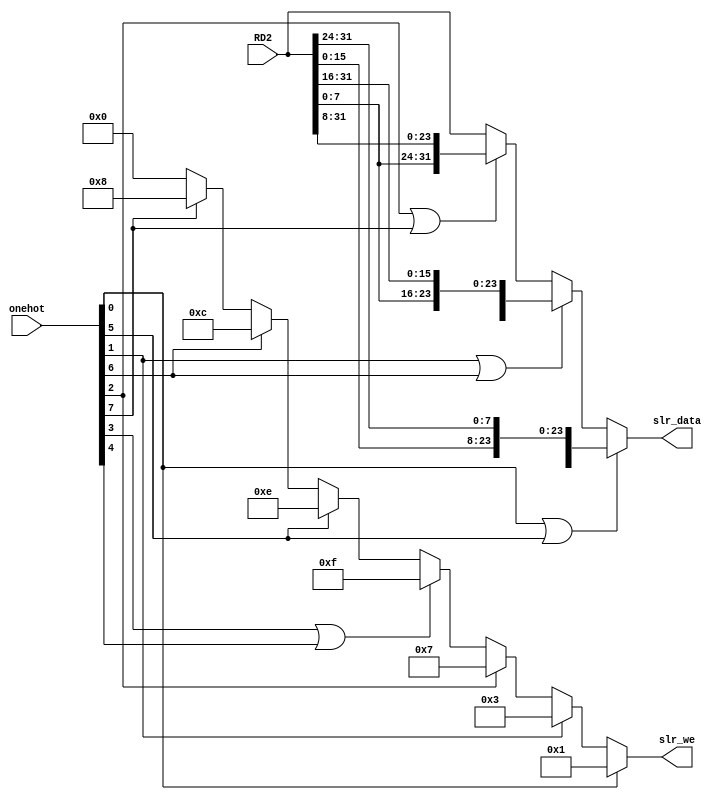
/*====================Ports Declaration====================*/
module slr (
    input wire [31:0] RD2,
    input wire [7:0] onehot,
    output wire [31:0] slr_data,
    output wire [3:0] slr_we
    );
/*====================Variable Declaration====================*/
/*====================Function Code====================*/
assign slr_data =   (onehot[0]||onehot[5]) ? {RD2[23:16],RD2[15:8],RD2[7:0],RD2[31:24]} :
                    (onehot[1]||onehot[6]) ? {RD2[15:0],RD2[31:16]} : 
                    (onehot[2]||onehot[7]) ? {RD2[7:0],RD2[31:24],RD2[23:16],RD2[15:8]} : RD2;
assign slr_we = onehot[0] ? 4'b0001 :
                onehot[1] ? 4'b0011 :
                onehot[2] ? 4'b0111 :
                (onehot[3]||onehot[4]) ? 4'b1111 :
                onehot[5] ? 4'b1110 :
                onehot[6] ? 4'b1100 :
                onehot[7] ? 4'b1000 : 4'b0;  
endmodule